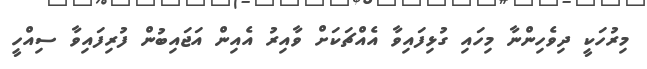
މިރުހަކީ ދިވެހިންނާ މިހައި ގުޅިފައިވާ އެއްޗަކަށް ވާއިރު އެއިން އަޖައިބުން ފުރިފައިވާ ސިއްހީ